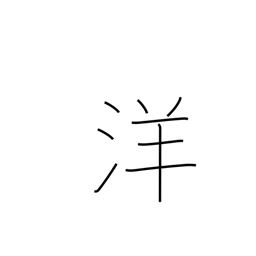
Meaning: Western style